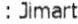
:JIMART